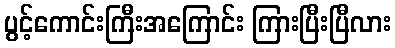
ပွင့်ကောင်းကြီးအကြောင်း ကြားပြီးပြီလား